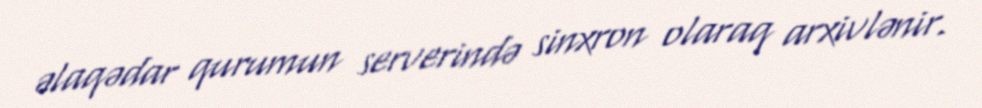
əlaqədar qurumun serverində sinxron olaraq arxivlənir.